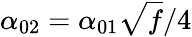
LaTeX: \alpha_{02}=\alpha_{01}\sqrt{f}/4